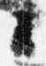
々